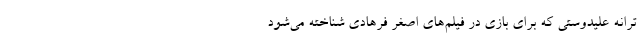
ترانه علیدوستی که برای بازی در فیلم‌های اصغر فرهادی شناخته می‌شود